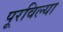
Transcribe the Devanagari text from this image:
पूरविल्या